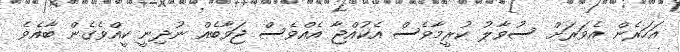
އަހަރެން އެވަރަށް ސުވާލު ކުރީމާވެސް އެކުއްޖާ އެއްވެސް ޖަވާބެއް ނުދިނީ ކީއްވެގެން ބާއެވެ